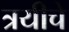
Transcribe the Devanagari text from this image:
त्रयीचे